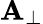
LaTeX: \mathbf{A}_{\bot}